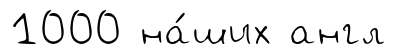
1000 на́ших англ